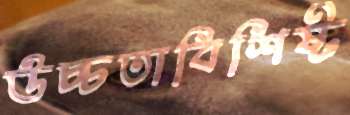
উচ্চতাবিশিষ্ট